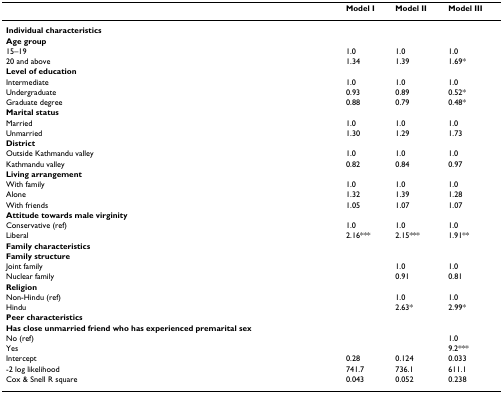
<table><thead><tr><td></td><td><b>Model I</b></td><td><b>Model II</b></td><td><b>Model III</b></td></tr></thead><tbody><tr><td><b>Individual characteristics</b></td><td></td><td></td><td></td></tr><tr><td><b>Age group</b></td><td></td><td></td><td></td></tr><tr><td>15–19</td><td>1.0</td><td>1.0</td><td>1.0</td></tr><tr><td>20 and above</td><td>1.34</td><td>1.39</td><td>1.69*</td></tr><tr><td><b>Level of education</b></td><td></td><td></td><td></td></tr><tr><td>Intermediate</td><td>1.0</td><td>1.0</td><td>1.0</td></tr><tr><td>Undergraduate</td><td>0.93</td><td>0.89</td><td>0.52*</td></tr><tr><td>Graduate degree</td><td>0.88</td><td>0.79</td><td>0.48*</td></tr><tr><td><b>Marital status</b></td><td></td><td></td><td></td></tr><tr><td>Married</td><td>1.0</td><td>1.0</td><td>1.0</td></tr><tr><td>Unmarried</td><td>1.30</td><td>1.29</td><td>1.73</td></tr><tr><td><b>District</b></td><td></td><td></td><td></td></tr><tr><td>Outside Kathmandu valley</td><td>1.0</td><td>1.0</td><td>1.0</td></tr><tr><td>Kathmandu valley</td><td>0.82</td><td>0.84</td><td>0.97</td></tr><tr><td><b>Living arrangement</b></td><td></td><td></td><td></td></tr><tr><td>With family</td><td>1.0</td><td>1.0</td><td>1.0</td></tr><tr><td>Alone</td><td>1.32</td><td>1.39</td><td>1.28</td></tr><tr><td>With friends</td><td>1.05</td><td>1.07</td><td>1.07</td></tr><tr><td><b>Attitude towards male virginity</b></td><td></td><td></td><td></td></tr><tr><td>Conservative (ref)</td><td>1.0</td><td>1.0</td><td>1.0</td></tr><tr><td>Liberal</td><td>2.16***</td><td>2.15***</td><td>1.91**</td></tr><tr><td><b>Family characteristics</b></td><td></td><td></td><td></td></tr><tr><td><b>Family structure</b></td><td></td><td></td><td></td></tr><tr><td>Joint family</td><td></td><td>1.0</td><td>1.0</td></tr><tr><td>Nuclear family</td><td></td><td>0.91</td><td>0.81</td></tr><tr><td><b>Religion</b></td><td></td><td></td><td></td></tr><tr><td>Non-Hindu (ref)</td><td></td><td>1.0</td><td>1.0</td></tr><tr><td>Hindu</td><td></td><td>2.63*</td><td>2.99*</td></tr><tr><td><b>Peer characteristics</b></td><td></td><td></td><td></td></tr><tr><td><b>Has close unmarried friend who has experienced premarital sex</b></td><td></td><td></td><td></td></tr><tr><td>No (ref)</td><td></td><td></td><td>1.0</td></tr><tr><td>Yes</td><td></td><td></td><td>9.2***</td></tr><tr><td>Intercept</td><td>0.28</td><td>0.124</td><td>0.033</td></tr><tr><td>-2 log likelihood</td><td>741.7</td><td>736.1</td><td>611.1</td></tr><tr><td>Cox &amp; Snell R square</td><td>0.043</td><td>0.052</td><td>0.238</td></tr></tbody></table>